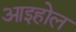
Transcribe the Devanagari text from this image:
आइहोल